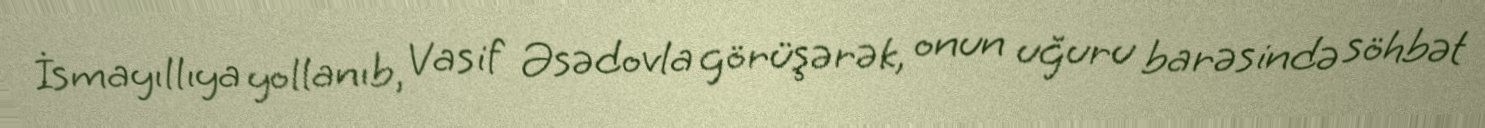
İsmayıllıya yollanıb, Vasif Əsədovla görüşərək, onun uğuru barəsində söhbət